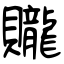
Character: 贚